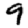
Digit: 9